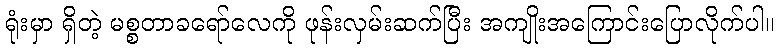
ရုံးမှာ ရှိတဲ့ မစ္စတာခရော်လေကို ဖုန်းလှမ်းဆက်ပြီး အကျိုးအကြောင်းပြောလိုက်ပါ။